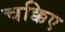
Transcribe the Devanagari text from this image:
चक्किए